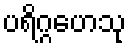
ပရိဂ္ဂဟေသု